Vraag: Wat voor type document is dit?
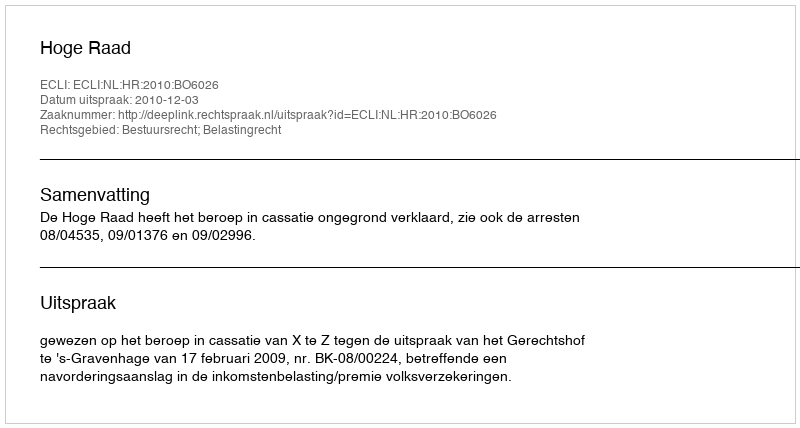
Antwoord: Uitspraak